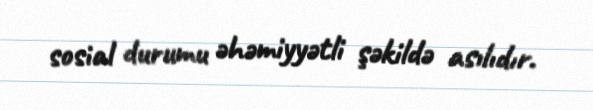
sosial durumu əhəmiyyətli şəkildə asılıdır.